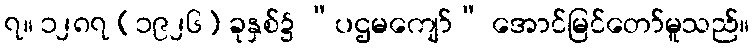
၇။ ၁၂၈၇ (၁၉၂၆) ခုနှစ်၌ “ပဌမကျော်” အောင်မြင်တော်မူသည်။